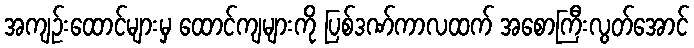
အကျဉ်းထောင်များမှ ထောင်ကျများကို ပြစ်ဒဏ်ကာလထက် အစောကြီးလွတ်အောင်